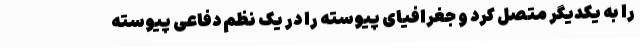
را به یکدیگر متصل کرد و جغرافیای پیوسته را در یک نظم دفاعی پیوسته